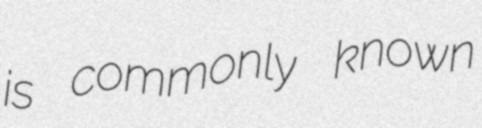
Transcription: is commonly known